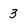
Character: 3